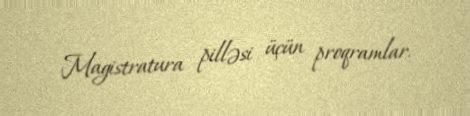
Magistratura pilləsi üçün proqramlar.